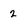
Character: 2